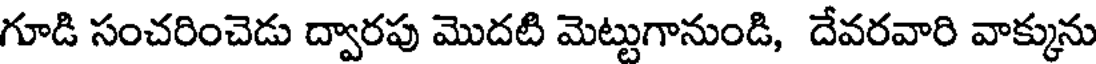
గూడి సంచరించెడు ద్వారపు మొదటి మెట్టుగానుండి, దేవరవారి వాక్కును